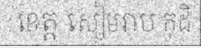
: ខេត្ត សៀមរាប កុដិ